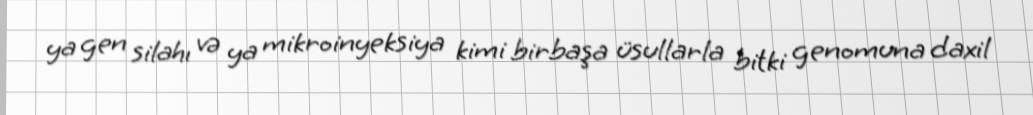
ya gen silahı və ya mikroinyeksiya kimi birbaşa üsullarla bitki genomuna daxil